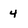
Character: 4